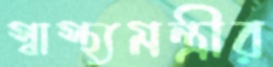
স্বাস্থ্যমন্ত্রীর